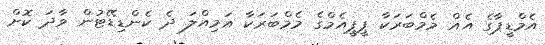
އެމްޑީޕާގެ އެއް މެމްބަރަކާ ޕީޕީއެމްގެ މެމްބަރަކާ އަމިއްލަ ދެ ކެންޑިޑޭޓުން ވާދަ ކޮށް